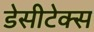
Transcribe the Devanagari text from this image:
डेसीटेक्स